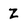
Character: Z